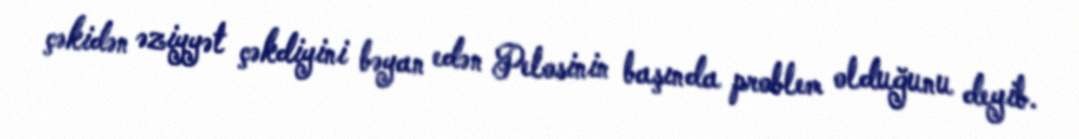
çəkidən əziyyət çəkdiyini bəyan edən Pelosinin başında problem olduğunu deyib.